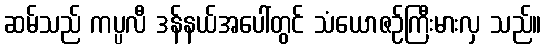
ဆမ်သည် ကပ္ပလီ ဒန်နယ်အပေါ်တွင် သံယောဇဉ်ကြီးမားလှ သည်။